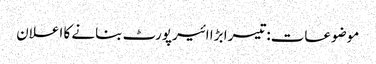
موضوعات:تیسرا بڑا ائیرپورٹ بنانے کا اعلان